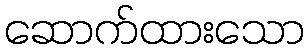
ဆောက်ထားသော